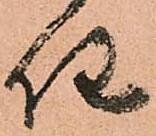
任